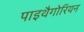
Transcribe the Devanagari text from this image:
पाइथैगोरियन